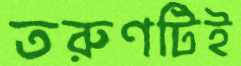
তরুণটিই